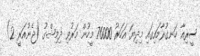
ސީރިއާ ހަނގުރާމައިގައި މިދިޔަ އަހަރު 76000 މީހުން މަރުވި ދިމިޝްގު (ޖެނުއަރީ 2)